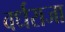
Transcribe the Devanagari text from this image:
वर्धराजा